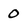
Character: 0